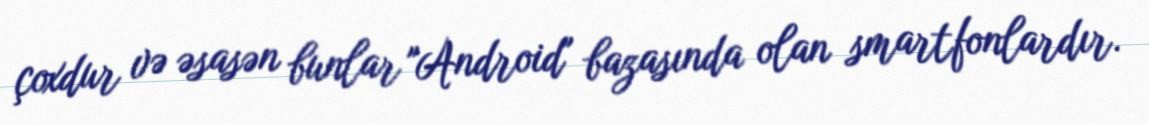
çoxdur və əsasən bunlar "Android" bazasında olan smartfonlardır.